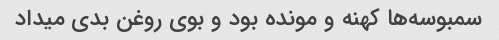
سمبوسه‌ها کهنه و مونده بود و بوی روغن بدی میداد